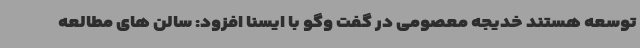
توسعه هستند خدیجه معصومی در گفت وگو با ایسنا افزود: سالن های مطالعه